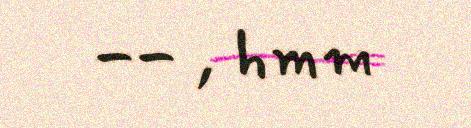
-- , hmm